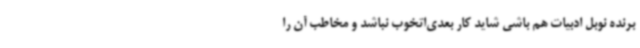
برنده نوبل ادبیات هم باشی شاید کار بعدی‌اتخوب نباشد و مخاطب آن را